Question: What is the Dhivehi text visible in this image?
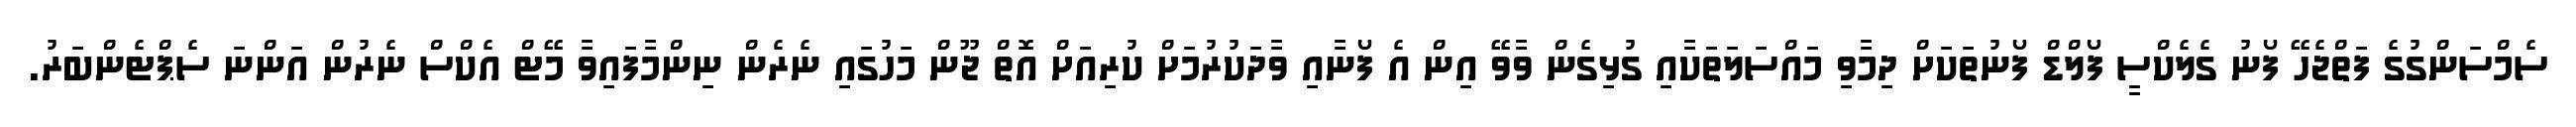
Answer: ސެމްސަންގުގެ ފަތްޖެހޭ ފޯނު ގެލެކްސީ ފޯލްޑް ފޯނުތަކަށް ދިމާވި މައްސަލަތަކާއި ގުޅިގެން ވާވޭ އިން އެ ފޯނާއި ވާދަކުރުމަށް ކުރިއަށް އޮތް ޖޫން މަހުގައި ނެރެން ނިންމާފައިވާ މޭޓް އެކްސް ނެރުން އަންނަ ސެޕްޓެންބަރު.